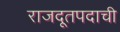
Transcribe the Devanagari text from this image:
राजदूतपदाची